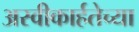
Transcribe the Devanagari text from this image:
अस्वीकार्हतेच्या